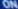
ON